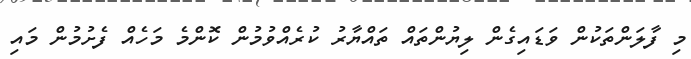
މި ފާލަންތަކުން ވަޑައިގެން ލިޔުންތައް ތައްޔާރު ކުރެއްވުމުން ކޮންމެ މަހެއް ފެށުމުން މައި